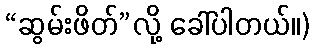
“ဆွမ်းဖိတ်”လို့ ခေါ်ပါတယ်။)